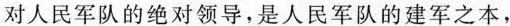
对人民军队的绝对领导，是人民军队的建军之本，